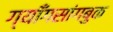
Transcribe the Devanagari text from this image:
ग्याँगसांगबुक